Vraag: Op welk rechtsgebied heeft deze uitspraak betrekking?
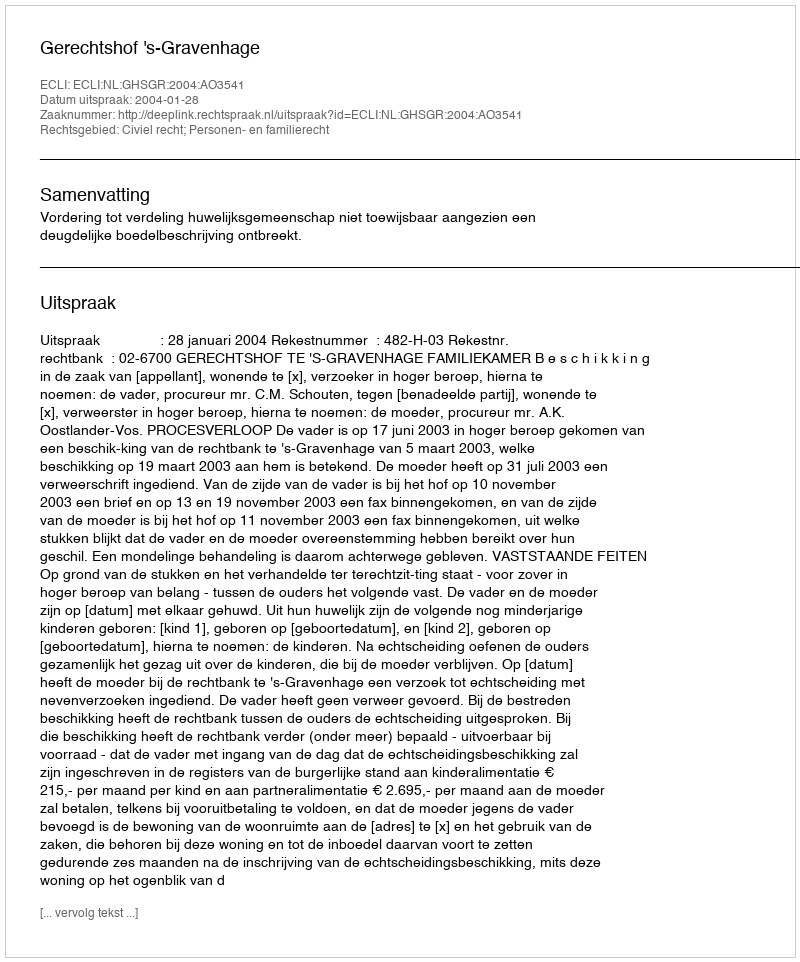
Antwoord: Civiel recht; Personen- en familierecht